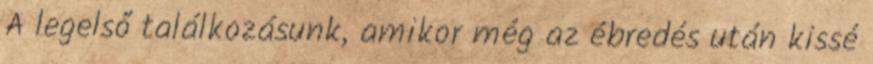
A legelső találkozásunk, amikor még az ébredés után kissé